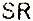
SR